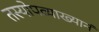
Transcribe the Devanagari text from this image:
तस्योपव्याख्यानं